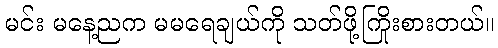
မင်း မနေ့ညက မမရေချယ်ကို သတ်ဖို့ကြိုးစားတယ်။